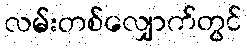
လမ်းတစ်လျှောက်တွင်